Reports on dispensaries and lunatic asylums in the Province of Oudh - 1869-1876
Year: 1869
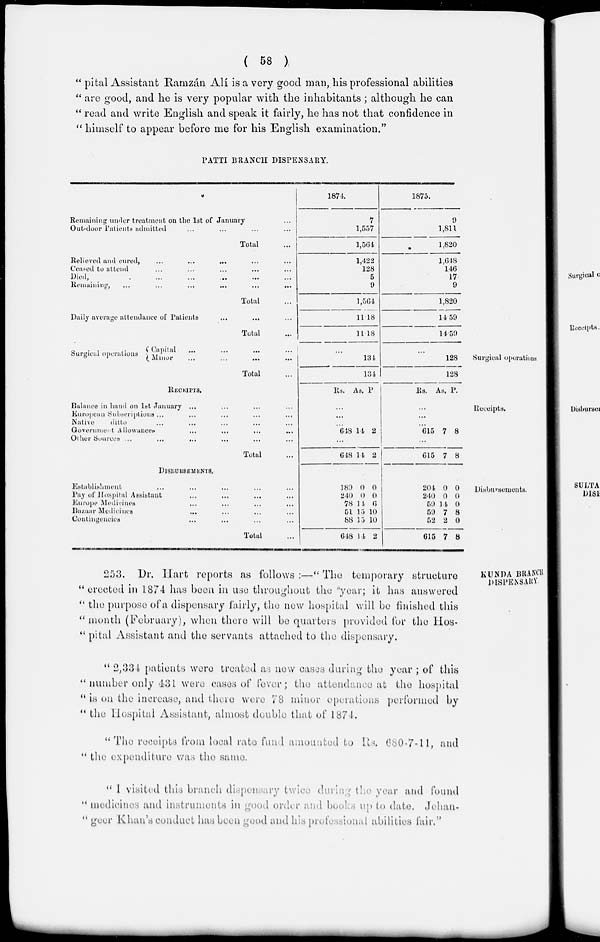
( 58 )
" pital Assistant Ramzán Alí is a very good man, his professional abilities
" are good, and he is very popular with the inhabitants ; although he can
" read and write English and speak it fairly, he has not that confidence in
" himself to appear before me for his English examination."
PATTI BRANCH DISPENSARY.
Remaining under treatment on the 1st of January ...
Out-door Patients admitted ... ... ... ...
Total ...
Relieved and cured, ... ... ... ... ...
Ceased to attend ... ... ... ... ...
Died, ... ... ... ... ... ...
Remaining, ... ... ... ... ... ...
Total ...
Daily average attendance of Patients ... ... ...
Total ...
1874.
7
1,557
1,564
1,422
128
5
9
l,564
11.18
11.18
1875.
9
1,811
1,820
1,648
146
17
9
1,820
14.59
14.59
Surgical operations
Surgical operations
Capital ... ... ... ...
Minor ... ... ... ...
Total ...
...
134
134
...
128
128
Receipts.
RECElPTS.
Balance in hand on 1st January ... ... ... ...
European Subscriptions ... ... ... ... ...
Native
ditto ... ... ... ... ...
Government Allowances ... ... ... ...
Other Sources ... ... ... ... ...
Total ...
Rs. As. P.
...
...
...
648 14 2
...
618 14 2
Rs. As. P.
...
...
...
615 7 8
...
615 7 8
Disbursements.
DISBURSEMENTS.
Establishment ... ... ... ... ...
Pay of Hospital Assistant ... ... ... ...
Europe Medicines ... ... ... ...
Bazaar Medicines ... ... ... ...
Contingencies ... ... ... ...
Total ...
189
240
78
51
88
648
0
0
14
15
15
14
0
0
6
10
10
2
204
240
59
59
52
615
0
0
14
7
2
7
0
0
0
8
0
8
KUNDA BRANCH
DISPENSARY
253. Dr. Hart reports as follows :—" The temporary structure
"erected in 1874 has been in use throughout the year; it has answered
" the purpose of a dispensary fairly, the new hospital will be finished this
"month (February), when there will be quarters provided for the Hos-
"pital Assistant and the servants attached to the dispensary.
" 2,334 patients were treated as new cases during the year ; of this
" number only 431 were cases of fever; the attendance at the hospital
" is on the increase, and there were 78 minor operations performed by
" the Hospital Assistant, almost double that of 1874.
"The receipts from local rate fund amounted to Rs. 680-7-11, and
" the expenditure was the same.
" 1 visited this branch dispensary twice during the year and found
" medicines and instruments in good order and books up to date. Jehan-
" geer Khan's conduct has been good and his professional abilities fair."